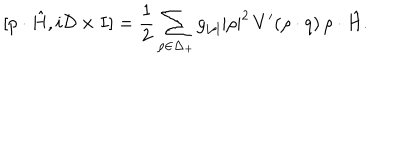
[ p \cdot \hat { H } , i { \cal D } \times I ] = { \frac { 1 } { 2 } } \sum _ { \rho \in \Delta _ { + } } { g _ { | \rho | } | \rho | ^ { 2 } } \, V ^ { \prime } ( \rho \cdot q ) \, \rho \cdot \hat { H } .